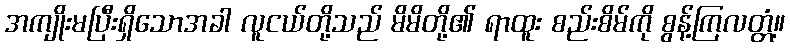
အကျိုးမပြီးရှိသောအခါ လူငယ်တို့သည် မိမိတို့၏ ရာထူး စည်းစိမ်ကို စွန့်ကြလတ္တံ့။